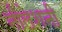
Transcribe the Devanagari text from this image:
नीलेशनी